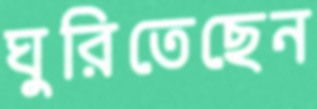
ঘুরিতেছেন